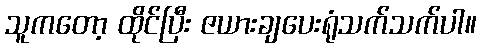
သူကတော့ ထိုင်ပြီး ဇယားချပေးရုံသက်သက်ပါ။